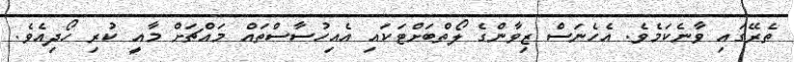
ތެރޭގައި ވާނެކަމެވެ. އެހެނަސް ޒިވާންގެ ލޯތްބަށްޓަކައި އެއިހުސާސްތައް މައްޗަށް މާއީ ކުރި ހޯދިއެވެ.